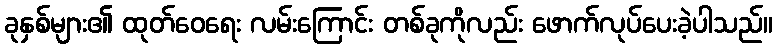
ခုနှစ်များ၏ ထုတ်ဝေရေး လမ်းကြောင်း တစ်ခုကိုလည်း ဖောက်လုပ်ပေးခဲ့ပါသည်။